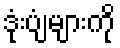
ဒုံးပျံများကို